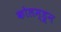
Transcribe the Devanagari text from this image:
कोलम्डून